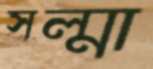
সল্মা